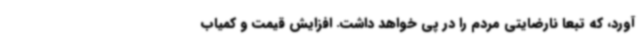
آورد، که تبعا نارضایتی مردم را در پی خواهد داشت. افزایش قیمت و کمیاب